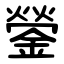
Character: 鎣